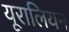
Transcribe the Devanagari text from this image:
यूरालियन